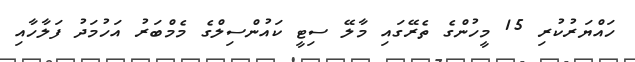
ހައްޔަރުކުރި 15 މީހުންގެ ތެރޭގައި މާލޭ ސިޓީ ކައުންސިލްގެ މެމްބަރު އަހުމަދު ފަލާހާއި